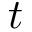
t